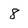
Character: 8